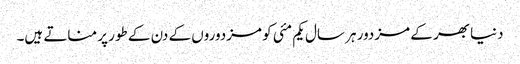
دنیا بھر کے مزدور ہر سال یکم مئی کو مزدوروں کے دن کے طور پر مناتے ہیں۔